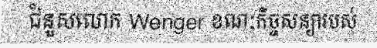
ជំនួសលោក Wenger ខណៈកិច្ចសន្យារបស់